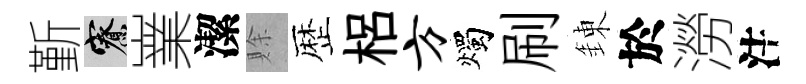
斳寮嶪潔賖歴梠方燭刷錬於澇注